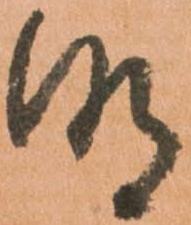
明